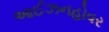
આઈઝનહોવર